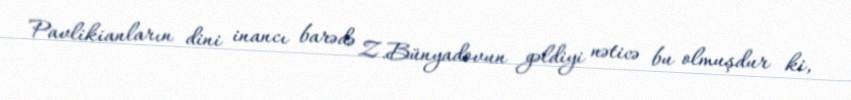
Pavlikianların dini inancı barədə Z.Bünyadovun gəldiyi nəticə bu olmuşdur ki,